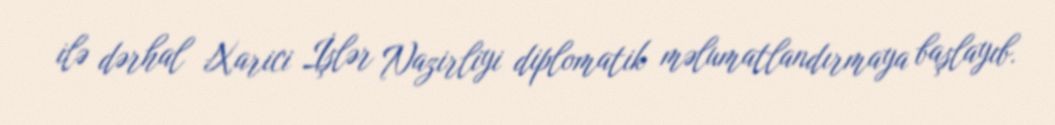
ilə dərhal Xarici İşlər Nazirliyi diplomatik məlumatlandırmaya başlayıb.